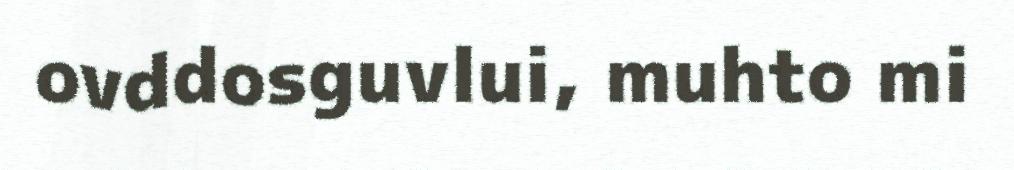
ovddosguvlui, muhto mi